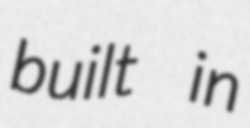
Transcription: built in